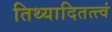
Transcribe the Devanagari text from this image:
तिथ्यादितत्त्वं